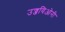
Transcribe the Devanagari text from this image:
उज्जयिओनी